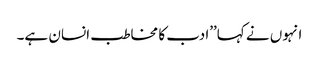
انہوں نے کہا’’ادب کا مخاطب انسان ہے۔